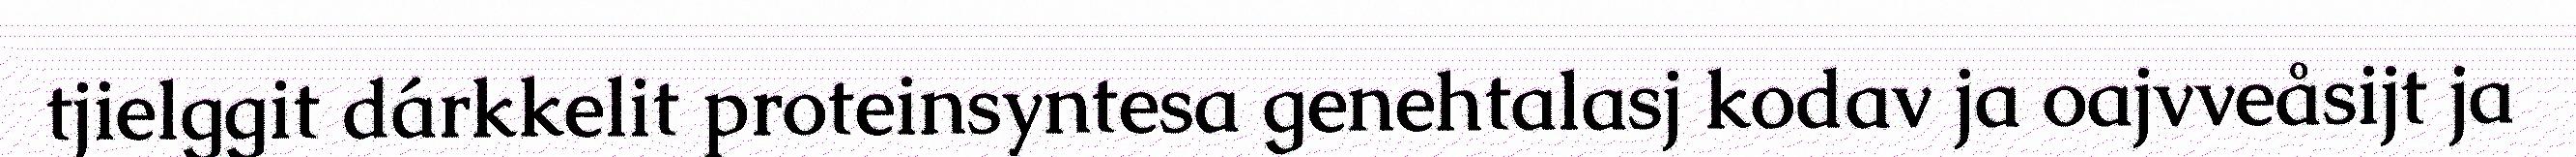
tjielggit dárkkelit proteinsyntesa genehtalasj kodav ja oajvveåsijt ja